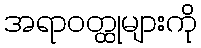
အရာဝတ္ထုများကို